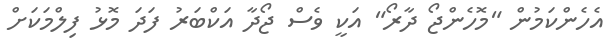
އެހެންކަމުން "މޮހެންޖޯ ދާރޯ" އަކީ ވެސް ޖޯދާ އަކްބަރު ފަދަ މޮޅު ފިލްމަކަށް